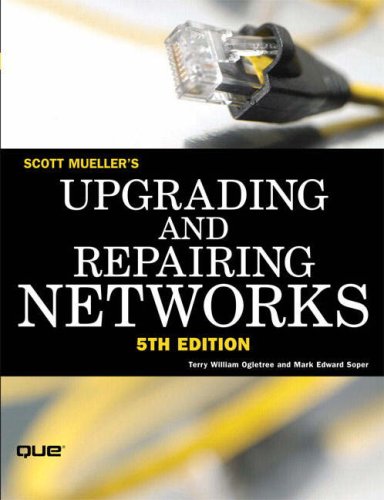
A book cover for Upgrading and Repairing Networks (5th Edition); Scott Mueller; Computers & Technology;